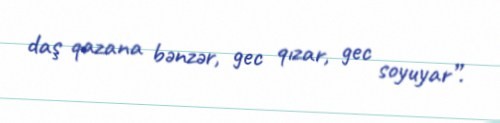
daş qazana bənzər, gec qızar, gec soyuyar”.